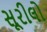
સૂરીલો